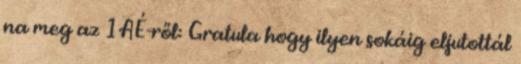
na meg az 1AÉ-ről: Gratula hogy ilyen sokáig eljutottál